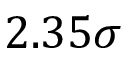
2 . 3 5 \sigma